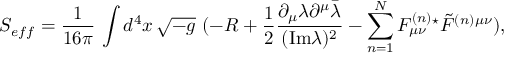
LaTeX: S _ { e f f } = { \frac { 1 } { 1 6 \pi } } \, \int d ^ { 4 } x \, \sqrt { - g } \, \, ( - R + { \frac { 1 } { 2 } } { \frac { \partial _ { \mu } \lambda \partial ^ { \mu } \bar { \lambda } } { ( \mathrm { I m } \lambda ) ^ { 2 } } } - \sum _ { n = 1 } ^ { N } { F _ { \mu \nu } ^ { ( n ) } { } ^ { \star } \tilde { F } ^ { ( n ) } { } ^ { \mu \nu } } ) ,